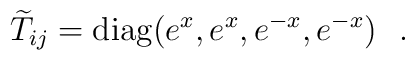
{\widetilde T}_{ij} = {\rm diag}(e^x , e^x , e^{-x} , e^{-x} )~~.